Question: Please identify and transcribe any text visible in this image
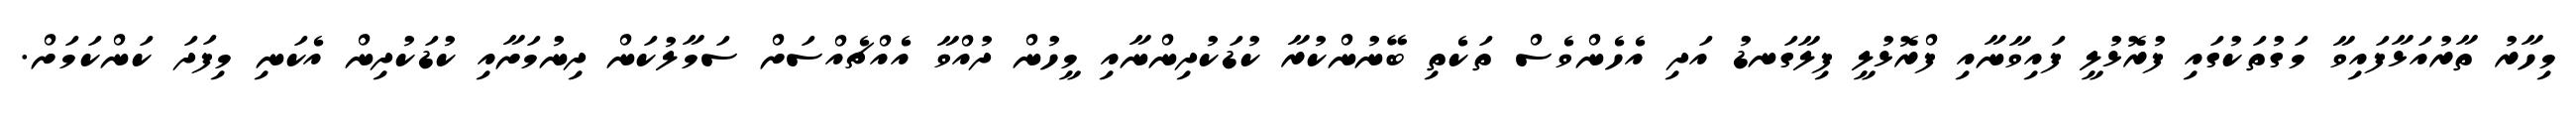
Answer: މިހާރު ތާރުއަޅާފައިވާ މަގުތަކުގައި ފުރޮޅުލީ ފައިވާނާއި ފްރޮޅުލީ ފިލާގަނޑު އަދި އެހެންވެސް ތަކެތި ބޭނުންކުރާ ކުޑަކުދިންނާއި މީހުން ދުއްވާ އެއްޗެއްސަށް ސަމާލުކަން ދިނުމަށާއި ކުޑަކުދިން އެކަނި މިފަދަ ކަންކަމަށް.